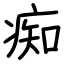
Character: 痴